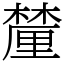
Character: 𨤳